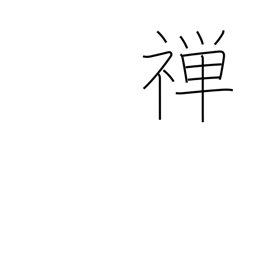
Meaning: silent meditation